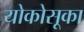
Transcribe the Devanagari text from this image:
योकोसूका